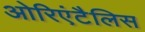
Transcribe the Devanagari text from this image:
ओरिएंटैलिस